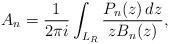
LaTeX: \begin{align*} A_n = \frac{1}{2\pi i} \int_{L_R} \frac{P_n(z)\,dz}{z B_n(z)},\end{align*}